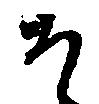
そ